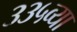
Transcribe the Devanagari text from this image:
३३५व्या